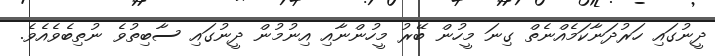
ދީނުގައި ހަރުދަނާކަމެއްނެތް ގިނަ މީހުން ބޭރު މީހުންނާއި އިނުމުން ދީނުގައި ސާބިތުވެ ނުތިބެވެއެވެ.